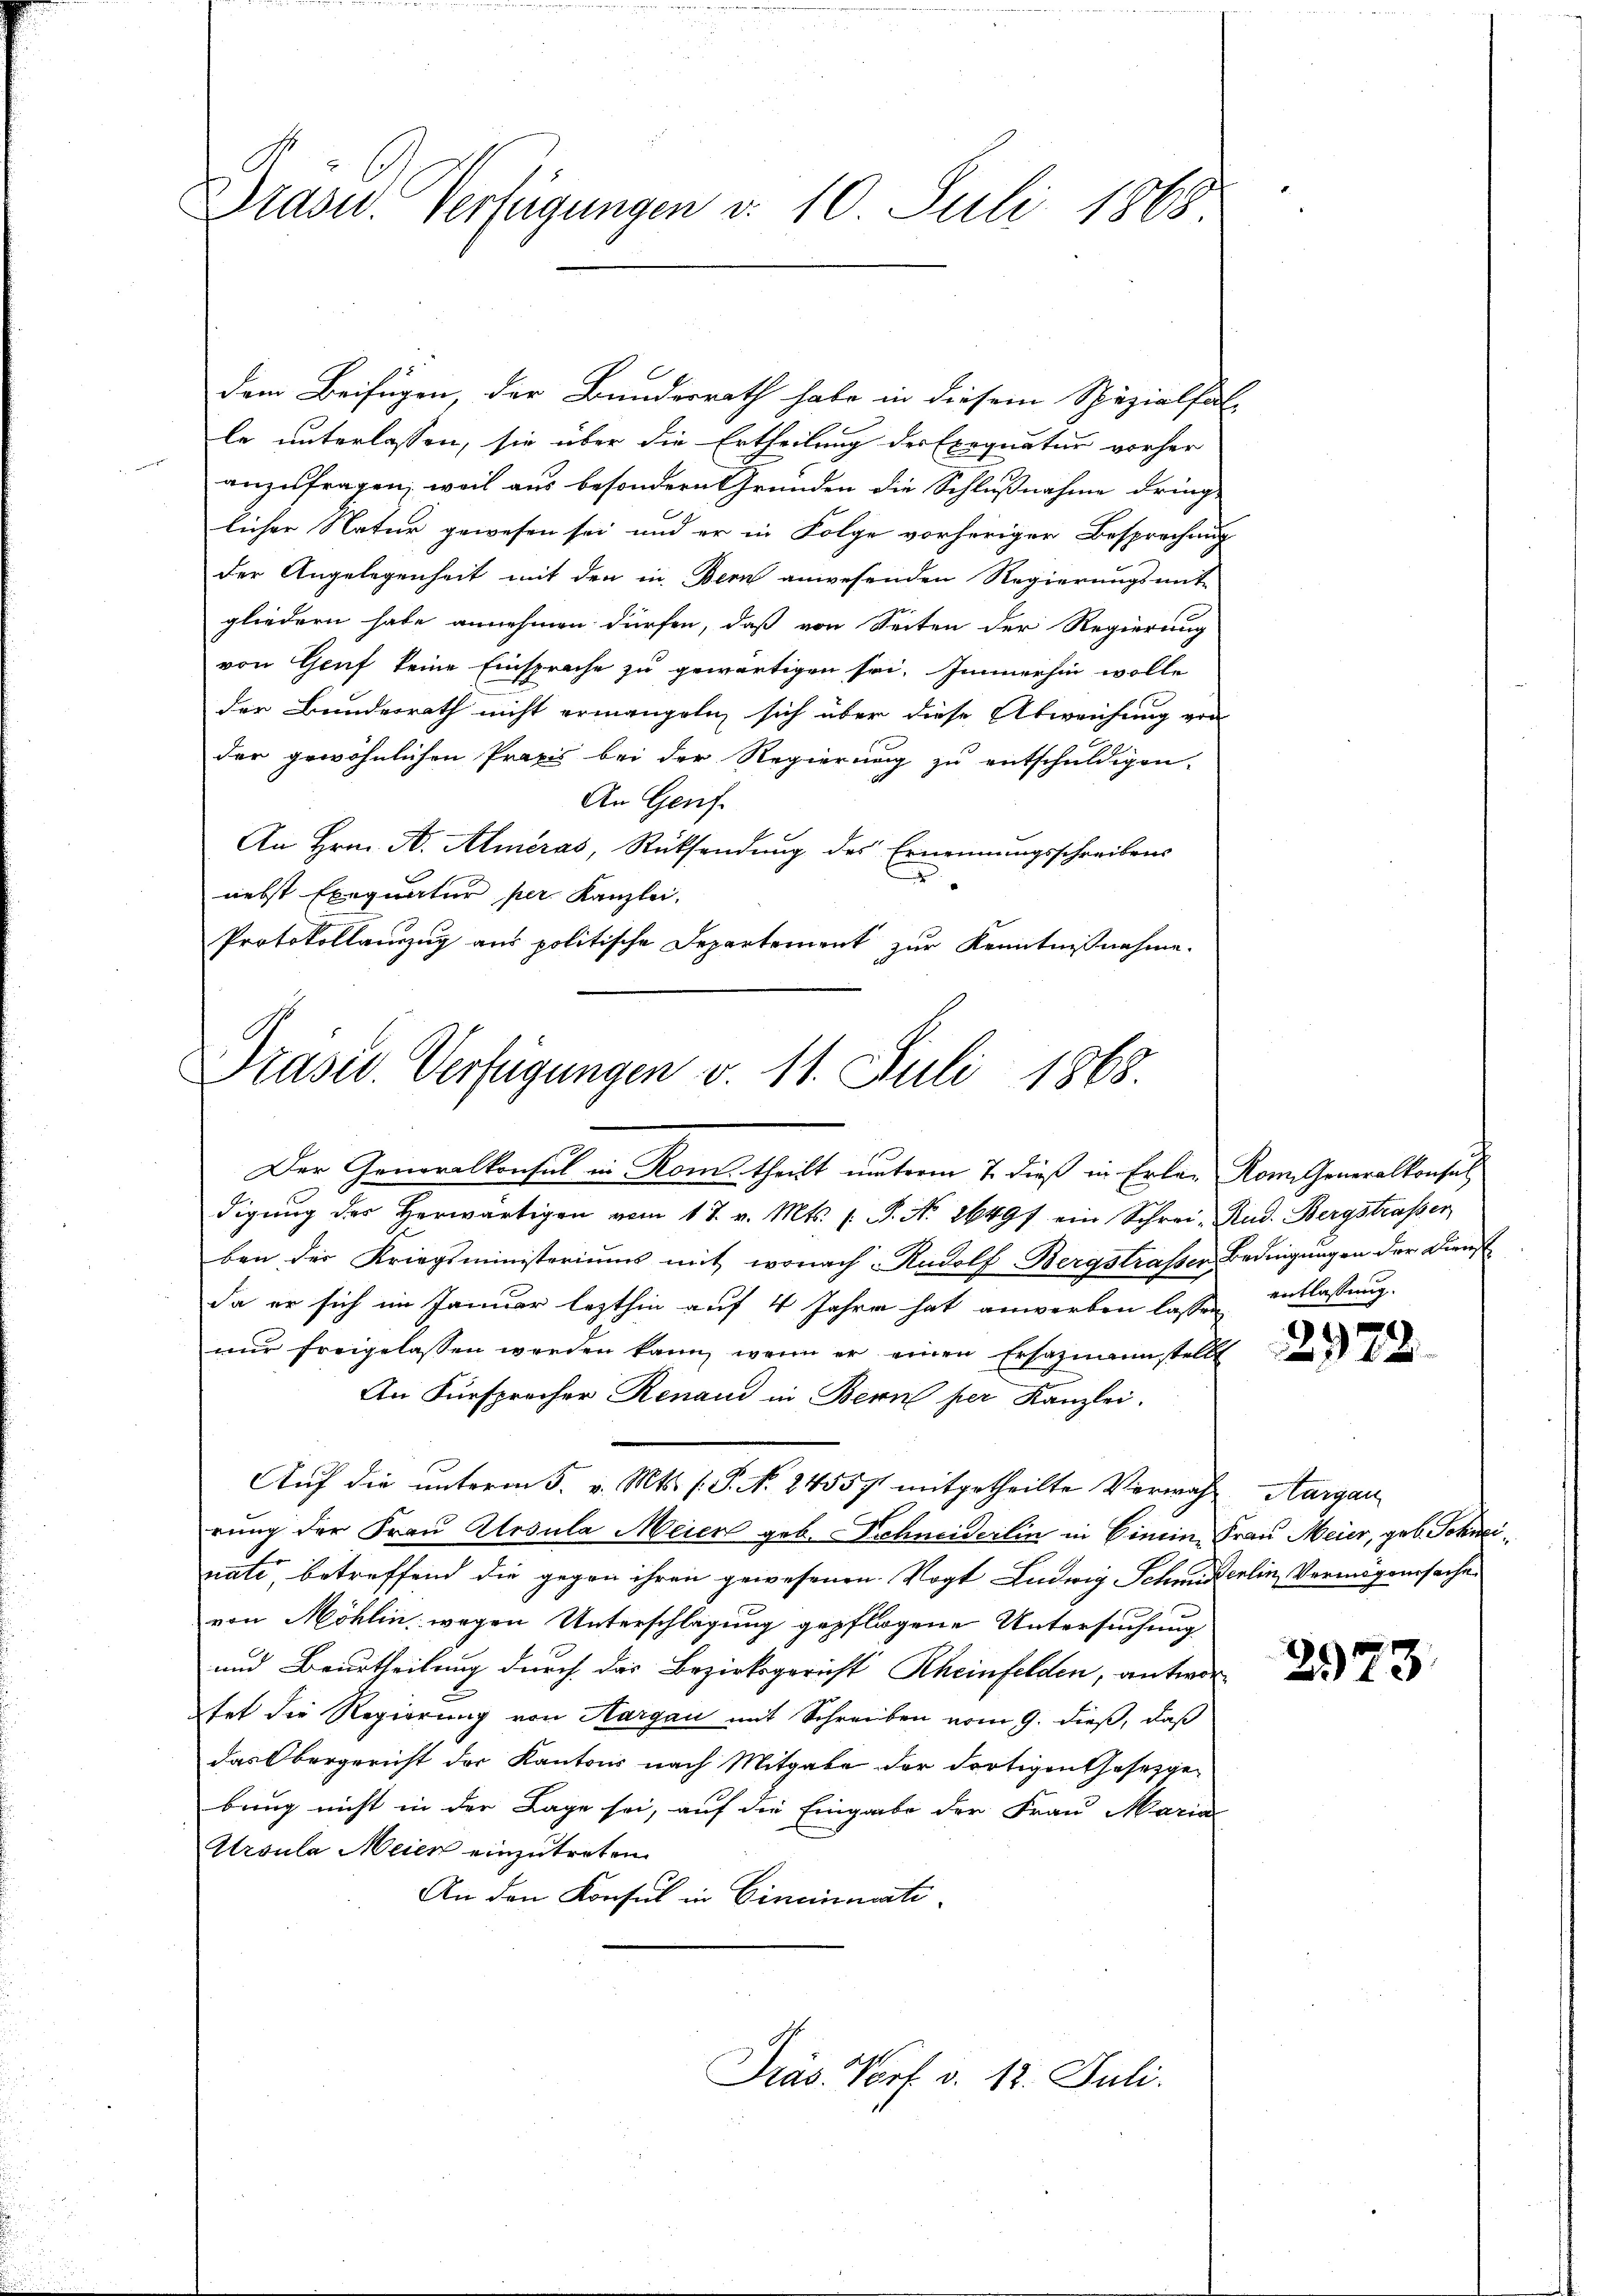
Brasid. Verfügungen d. 10. Juli 1868

dem Beifügen, der Bundesrath habe in diesem Spezialfal
le unterlassen, sie über die Ertheilung der Exequatur vorher
anzufragen, weil aus besondern Grunden die Schlußnahme dring-
licher Natur gewesen sei und er in Folge vorheriger Besprechung
der Angelegenheit mit den in Bern anwesenden Regierungsmit-
gliedern habe annehmen dürfen, daß von Seiten der Regierung
von Genf keine Einsprache zu gewärtigen sei. Immerhin wolle
der Bundesrath nicht ermangeln sich über diese Abweichung von
der gewöhnlichen Praxis bei der Regierung zu entschuldigen,
An Genf.
An Hrn. A. Almeras, Rücksendung des Ernennungsschreibens
x
nebst Exequatur per. Kanzlei.
Protokollauszug aus politische Departement zur Kenntnißnahme.

Präsid. Verfügungen v. 11. Juli 1868.

Auf die unterm 5. v. Mts. (: P. N. 24557 mitgetheilte Verwahl, Aargau

Der Generalkonsul in Rom theilt unterm 7. dieß in Erlag Kon. Generalkonsul
digŭng der herwärtigen vom 17. v. Mts. (: P. Nr. 26497 ein Schrei-Rud. Bergstrasser
ben der Kriegsministeriums mit wonach Rudolf Bergstrasser Bedingungen der Dienst
da er sich im Januar lezthin auf 4 Jahre hat anwerben lassen entlassung.
nŭr freigelassen werden kann, wenn er einen Ersazmannstellt
An Fürsprocher Renaud in Bern per Kanzlei.
rung der Frau Modula Meier geb. Schneiderlin in Einein, Frau Meier, geb. Schneinate, betreffend die gegen ihren gewesenen Vogt Ludwig Schmiderlin, Vermögenssachen
von Möhlin wegen Unterschlagung gepflogene Untersuchung
und Beurtheilung durch das Bezirksgericht Rheinfelden, antwor
hat die Regierung von Aargau mit Schreiben vom 9. dieß, daß
das Obergericht der Kantons nach Mitgabe der dortigen Gesetzgebung nicht in der Lage sei, auf die Eingabe der Frau Maria
Ursula Meier einzutreten.
An den Konsul in Cincinicati

Präs. Vorf. v. 12. Juli.

2972.

2973.